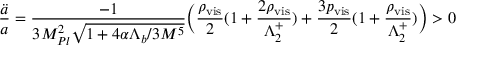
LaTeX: \frac { \ddot { a } } { a } = \frac { - 1 } { 3 M _ { P l } ^ { 2 } \sqrt { 1 + 4 \alpha \Lambda _ { b } / 3 M ^ { 5 } } } \bigg ( \frac { \rho _ { \mathrm { v i s } } } { 2 } ( 1 + \frac { 2 \rho _ { \mathrm { v i s } } } { \Lambda _ { 2 } ^ { + } } ) + \frac { 3 p _ { \mathrm { v i s } } } { 2 } ( 1 + \frac { \rho _ { \mathrm { v i s } } } { \Lambda _ { 2 } ^ { + } } ) \bigg ) > 0